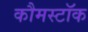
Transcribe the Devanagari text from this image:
कौमस्टॉक